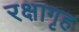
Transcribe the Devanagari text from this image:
रक्षागृह